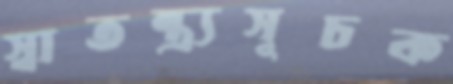
স্বাতন্ত্র্যসূচক